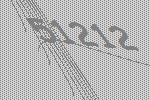
51212